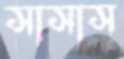
সাসাস